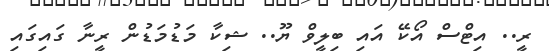
ރީ.. އިޓްސް އޯކޭ އައި ބިލީވް ޔޫ.. ޝިކާ މަޑުމަޑުން ރީނާ ގައިގައި